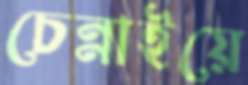
চেন্নাইয়ে